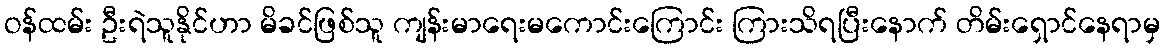
ဝန်ထမ်း ဦးရဲသူနိုင်ဟာ မိခင်ဖြစ်သူ ကျန်းမာရေးမကောင်းကြောင်း ကြားသိရပြီးနောက် တိမ်းရှောင်နေရာမှ